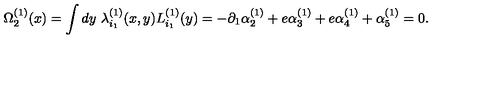
\Omega _ { 2 } ^ { ( 1 ) } ( x ) = \int d y \ \lambda _ { i _ { 1 } } ^ { ( 1 ) } ( x , y ) L _ { i _ { 1 } } ^ { ( 1 ) } ( y ) = - \partial _ { 1 } \alpha _ { 2 } ^ { ( 1 ) } + e \alpha _ { 3 } ^ { ( 1 ) } + e \alpha _ { 4 } ^ { ( 1 ) } + \alpha _ { 5 } ^ { ( 1 ) } = 0 .